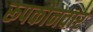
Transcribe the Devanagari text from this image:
रूपकोनवार